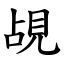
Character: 覘